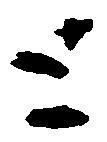
と